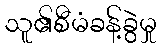
သူ၏စီမံခန့်ခွဲမှု